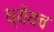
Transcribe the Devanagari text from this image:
ध्येयच